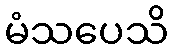
မံသပေသိ